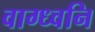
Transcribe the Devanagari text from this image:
वाग्ध्वनि